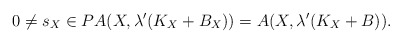
\begin{align*}0\neq s_{X} \in PA(X,\lambda'(K_X+B_X))=A(X,\lambda'(K_X+B)).\end{align*}